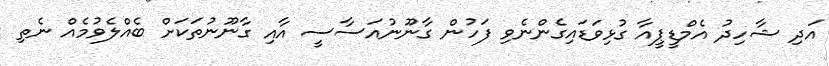
އަދި ޝާހިދު އެމްޑީޕީއާ ގުޅިވަޑައިގެންނެވި ފަހުން ގާނޫނުއަސާސީ އާއި ގާނޫނުތަކަށް ބެއްލެވުމެއް ނެތި